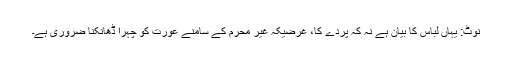
نوٹ: یہاں لباس کا بیان ہے نہ کہ پردے کا، غرضیکہ غیر محرم کے سامنے عورت کو چہرا ڈھانکنا ضروری ہے۔